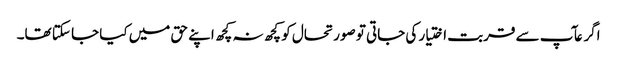
اگر عآپ سے قربت اختیار کی جاتی تو صورتحال کو کچھ نہ کچھ اپنے حق میں کیا جا سکتا تھا۔